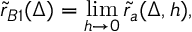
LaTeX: \tilde { r } _ { B 1 } ( \Delta ) = \operatorname * { l i m } _ { h \to 0 } \tilde { r } _ { a } ( \Delta , h ) ,